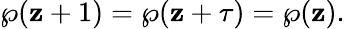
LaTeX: \wp(\mathbf{z}+1)=\wp(\mathbf{z}+\tau)=\wp(\mathbf{z}).